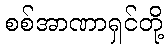
စစ်အာဏာရှင်တို့